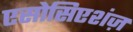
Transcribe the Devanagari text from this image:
एसोसिएशंज़